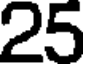
25